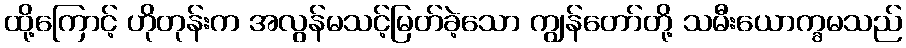
ထို့ကြောင့် ဟိုတုန်းက အလွန်မသင့်မြတ်ခဲ့သော ကျွန်တော်တို့ သမီးယောက္ခမသည်